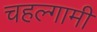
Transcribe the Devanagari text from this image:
चहल्गामी